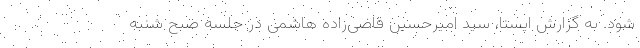
شود. به گزارش ایسنا، سید امیرحسین قاضی‌زاده هاشمی در جلسه صبح شنبه